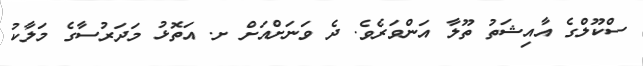
ސްކޫލްގެ އާއިޝަތު ތޫލާ އަންވަރެވެ. ދެ ވަނަށްއަށް ށ. އަތޮޅު މަދަރުސާގެ މަލާކު